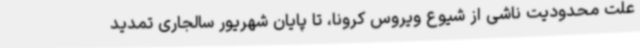
علت محدودیت ناشی از شیوع ویروس کرونا، تا پایان شهریور سالجاری تمدید